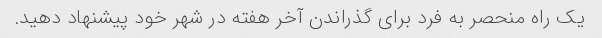
یک راه منحصر به فرد برای گذراندن آخر هفته در شهر خود پیشنهاد دهید.